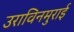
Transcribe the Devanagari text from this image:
उराविनमुराई